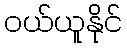
ဝယ်ယူနိုင်